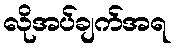
လိုအပ်ချက်အရ